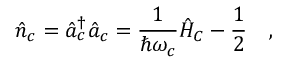
\hat { n } _ { c } = \hat { a } _ { c } ^ { \dagger } \hat { a } _ { c } = \frac { 1 } { \hbar \omega _ { c } } \hat { H } _ { C } - \frac { 1 } { 2 } \quad ,